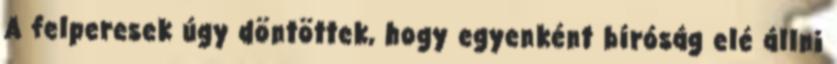
A felperesek úgy döntöttek, hogy egyenként bíróság elé állni